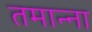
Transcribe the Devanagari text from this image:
तमान्ना